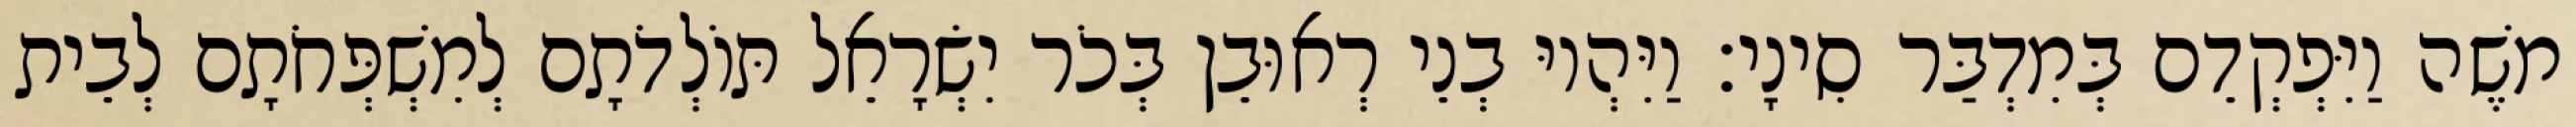
משֶׁה וַיִּפְקְדֵם בְּמִדְבַּר סִינָי׃ וַיִּהְיוּ בְנֵי רְאוּבֵן בְּכֹר יִשְׂרָאֵל תּוֹלְדֹתָם לְמִשְׁפְּחֹתָם לְבֵית